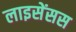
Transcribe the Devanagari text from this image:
लाइसेंसस